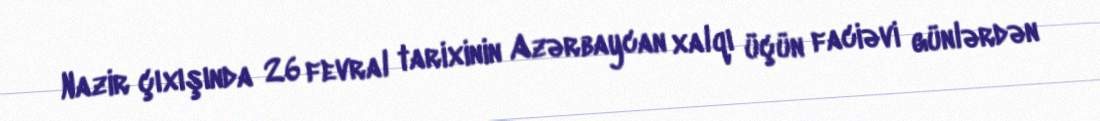
Nazir çıxışında 26 fevral tarixinin Azərbaycan xalqı üçün faciəvi günlərdən